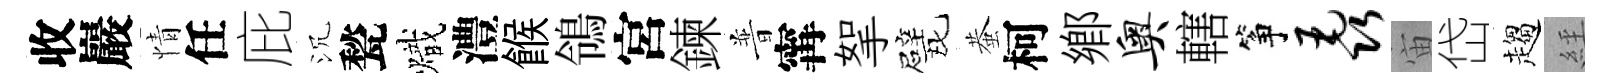
收巖情任庇沉甃熾澧餱鴒宮鍊普𡩋挐戏蛬柯鄉奥轄筝毳宙岱趨𦀇